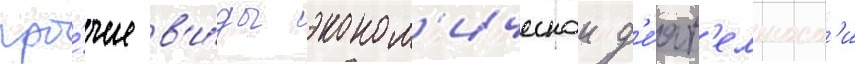
про́чие в'и́ды эконом'ическои д'е́ят'ельност'и